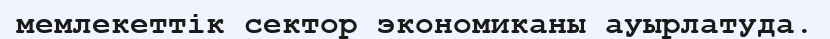
мемлекеттік сектор экономиканы ауырлатуда.